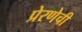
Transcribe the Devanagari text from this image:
प्रेरणेची